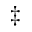
^ { \ddagger }